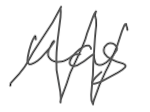
Text: was
Cross-out: zig-zag
Writing tool: digital_gray